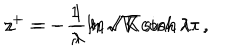
z ^ { + } = - \, \frac { 1 } { \lambda } \, \ln \sqrt { K } \cosh \lambda \tau \, , \hspace { 0 . 5 c m } z ^ { - } = - \, \frac { 1 } { \lambda } \, \ln \sqrt { K } \sinh \lambda \tau \, ,